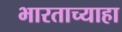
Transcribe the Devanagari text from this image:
भारताच्याहा